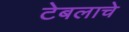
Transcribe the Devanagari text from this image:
टेबलाचे